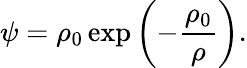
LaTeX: \psi=\rho_{0}\exp\left(-\frac{\rho_{0}}{\rho}\right).